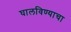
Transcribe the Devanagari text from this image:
घालविण्याचा